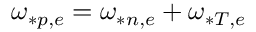
\omega _ { * p , e } = \omega _ { * n , e } + \omega _ { * T , e }